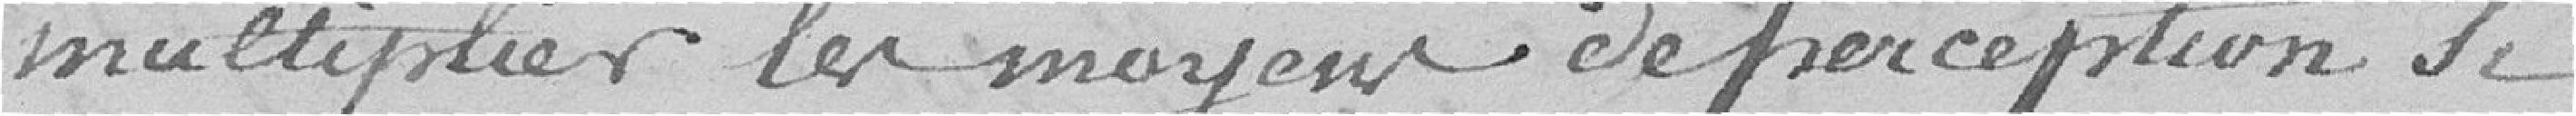
multiplier les moyens de perception si